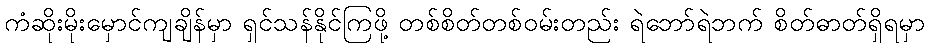
ကံဆိုးမိုးမှောင်ကျချိန်မှာ ရှင်သန်နိုင်ကြဖို့ တစ်စိတ်တစ်ဝမ်းတည်း ရဲဘော်ရဲဘက် စိတ်ဓာတ်ရှိရမှာ